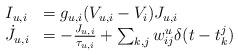
LaTeX: \begin{align*}\begin{array}{ll}I_{u,i}&=g_{u,i}(V_{u,i}-V_i)J_{u,i}\\\dot{J}_{u,i}&=-\frac{J_{u,i}}{\tau_{u,i}}+\sum_{k,j}w_{ij}^u\delta(t-t_k^j)\end{array}\end{align*}